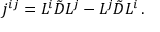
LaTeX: j ^ { i j } = L ^ { i } \tilde { D } L ^ { j } - L ^ { j } \tilde { D } L ^ { i } \, .